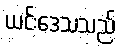
ယင်းဒေသသည်